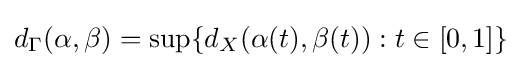
d_{\Gamma }(\alpha ,\beta )=\sup\{d_{X}(\alpha (t),\beta (t)):t\in [0,1]\}